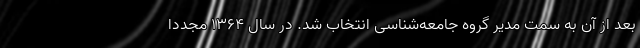
بعد از آن به سمت مدیر گروه جامعه‌شناسی انتخاب شد. در سال ۱۳۶۴ مجدداً